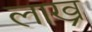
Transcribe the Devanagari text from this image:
लाख्र